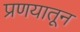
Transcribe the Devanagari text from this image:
प्रणयातून